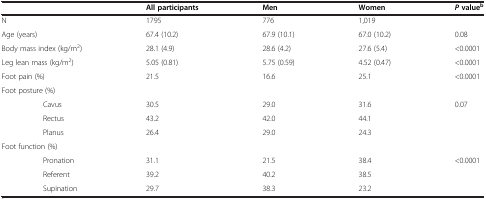
<table><thead><tr><td></td><td><b>All participants</b></td><td><b>Men</b></td><td><b>Women</b></td><td><b><i>P</i>value<sup>b</sup></b></td></tr></thead><tbody><tr><td>N</td><td>1795</td><td>776</td><td>1,019</td><td></td></tr><tr><td>Age (years)</td><td>67.4 (10.2)</td><td>67.9 (10.1)</td><td>67.0 (10.2)</td><td>0.08</td></tr><tr><td>Body mass index (kg/m<sup>2</sup>)</td><td>28.1 (4.9)</td><td>28.6 (4.2)</td><td>27.6 (5.4)</td><td>&lt;0.0001</td></tr><tr><td>Leg lean mass (kg/m<sup>2</sup>)</td><td>5.05 (0.81)</td><td>5.75 (0.59)</td><td>4.52 (0.47)</td><td>&lt;0.0001</td></tr><tr><td>Foot pain (%)</td><td>21.5</td><td>16.6</td><td>25.1</td><td>&lt;0.0001</td></tr><tr><td>Foot posture (%)</td><td></td><td></td><td></td><td></td></tr><tr><td>Cavus</td><td>30.5</td><td>29.0</td><td>31.6</td><td>0.07</td></tr><tr><td>Rectus</td><td>43.2</td><td>42.0</td><td>44.1</td><td></td></tr><tr><td>Planus</td><td>26.4</td><td>29.0</td><td>24.3</td><td></td></tr><tr><td>Foot function (%)</td><td></td><td></td><td></td><td></td></tr><tr><td>Pronation</td><td>31.1</td><td>21.5</td><td>38.4</td><td>&lt;0.0001</td></tr><tr><td>Referent</td><td>39.2</td><td>40.2</td><td>38.5</td><td></td></tr><tr><td>Supination</td><td>29.7</td><td>38.3</td><td>23.2</td><td></td></tr></tbody></table>